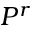
P ^ { r }